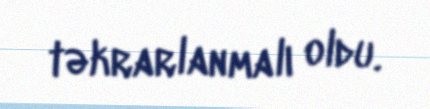
təkrarlanmalı oldu.